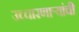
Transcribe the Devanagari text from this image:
उच्चारणाऱ्यांची